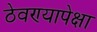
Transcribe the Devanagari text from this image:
ठेवण्यापेक्षा